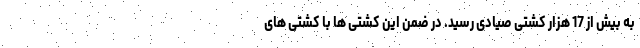
به بیش از 17 هزار کشتی صیادی رسید. در ضمن این کشتی ها با کشتی های